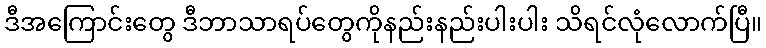
ဒီအကြောင်းတွေ ဒီဘာသာရပ်တွေကိုနည်းနည်းပါးပါး သိရင်လုံလောက်ပြီ။